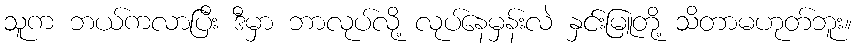
သူက ဘယ်ကလာပြီး ဒီမှာ ဘာလုပ်လို့ လုပ်နေမှန်းလဲ နှင်းမြူတို့ သိတာမဟုတ်ဘူး။